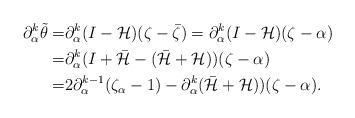
LaTeX: \begin{align*}\partial_{\alpha}^k \tilde{\theta}=&\partial_{\alpha}^k (I-\mathcal{H})(\zeta-\bar{\zeta})=\partial_{\alpha}^k (I-\mathcal{H})(\zeta-\alpha)\\=& \partial_{\alpha}^k(I+\bar{\mathcal{H}}-(\bar{\mathcal{H}}+\mathcal{H}))(\zeta-\alpha)\\=& 2\partial_{\alpha}^{k-1}(\zeta_{\alpha}-1)-\partial_{\alpha}^k(\bar{\mathcal{H}}+\mathcal{H}))(\zeta-\alpha).\end{align*}